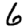
Digit: 6